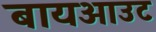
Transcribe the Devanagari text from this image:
बायआउट